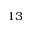
_ { 1 3 }